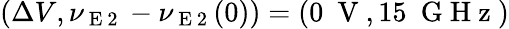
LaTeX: (\Delta V,\nu_{\mathrm{~E~2~}}-\nu_{\mathrm{~E~2~}}(0))=(0~\mathrm{~V~},15~\mathrm{~G~H~z~})